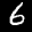
Label: 6